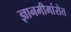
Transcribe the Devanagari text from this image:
ज्ञानमीमांसेत